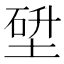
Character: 𡎂